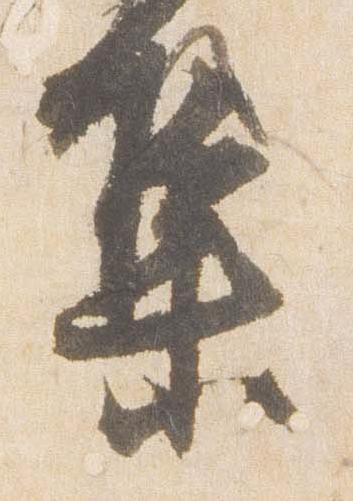
集